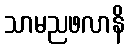
သာမညဖလာနိ